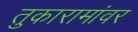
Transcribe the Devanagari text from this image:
तुकारामांवर